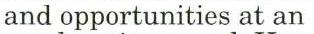
and opportunities at an